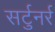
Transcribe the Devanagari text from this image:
सर्टुनर्र